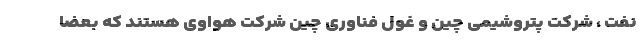
نفت ، شرکت پتروشیمی چین و غول فناوری چین شرکت هواوی هستند که بعضا